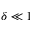
\delta \ll 1